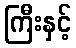
ကြီးနှင့်